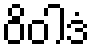
ဝိဝါဒံ